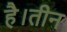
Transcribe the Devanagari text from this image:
है।तीन